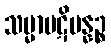
သမ္မာပဋိပန္နဉ္စ